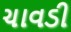
ચાવડી